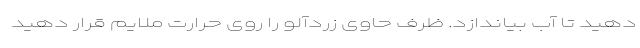
دهید تا آب بیاندازد. ظرف حاوی زردآلو را روی حرارت ملایم قرار دهید